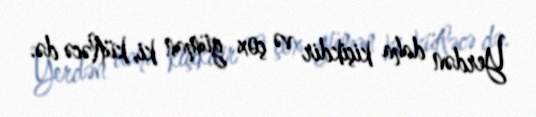
Yerdən daha kiçikdir və çox güman ki, kütləcə də.